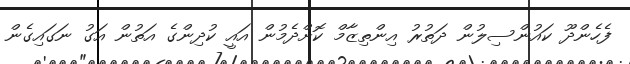
ފެހެންދޫ ކައުންސިލުން ދަތުރު އިންތިޒާމް ކޮށްދެމުން އައީ ކުދިންގެ އަތުން އަގު ނަގައިގެން